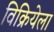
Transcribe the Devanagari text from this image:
विक्रियेला